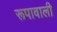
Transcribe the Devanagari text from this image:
रूपावाली